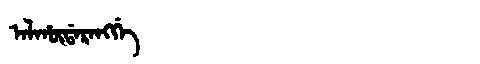
Manchu: ᠠᠯᡥᡡᡩᠠᡵᠠᠩᡤᡝ
Romanization: ALHŪDARANGGE